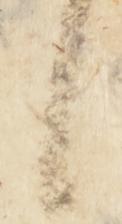
候